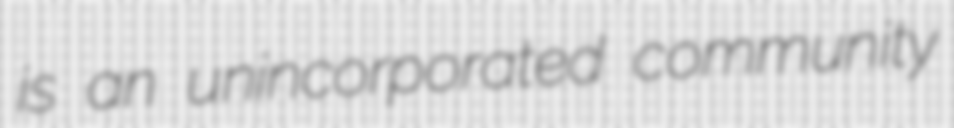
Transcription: is an unincorporated community